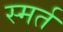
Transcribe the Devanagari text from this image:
स्मर्त